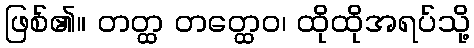
ဖြစ်၏။ တတ္ထ တတ္ထေဝ၊ ထိုထိုအရပ်သို့